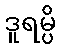
ဒူရမ္ပိ